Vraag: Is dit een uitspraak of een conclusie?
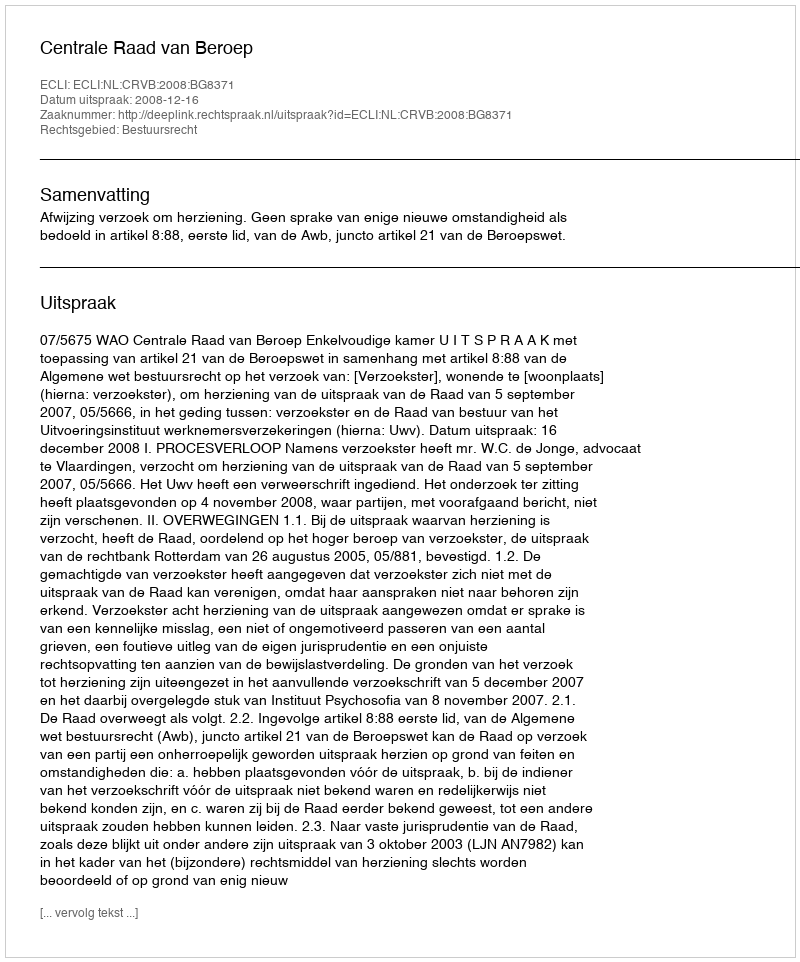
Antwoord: Uitspraak